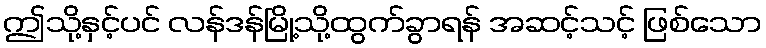
ဤသို့နှင့်ပင် လန်ဒန်မြို့သို့ထွက်ခွာရန် အဆင့်သင့် ဖြစ်သော